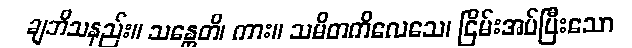
ချဘိသနည်း။ သန္တေတိ၊ ကား။ သမိတကိလေသေ၊ ငြိမ်းအပ်ပြီးသော